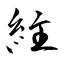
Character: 紸